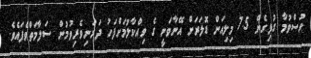
ހުސްވުމާ ގުޅިގެން 7.5 މިލިއަން ޑޮލަރަށް އޭނާވަނީ ގެ ވިއްކާލުމަށްފަހު ދަރަނިވެރިވުމުން ސަލާމަތްވެފައެވެ.